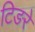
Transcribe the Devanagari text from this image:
टिङरे